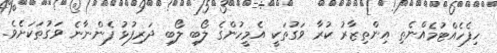
ހިފެހެއްޓުމެއްނެތި އިންތިޒާރު ކުރާ ވަގުތަކީ އެމީހުންގެ ލޯބި ލޯބި ދަރިފުޅު ފެންނާނެ ވަގުތަކަށެވެ.